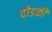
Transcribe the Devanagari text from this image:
दोडकी